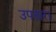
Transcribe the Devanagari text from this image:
उपतारा